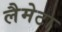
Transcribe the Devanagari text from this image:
लैमेटा